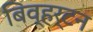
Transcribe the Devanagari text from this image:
बिव्हर्टन